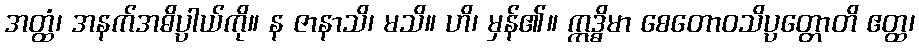
အတ္ထံ၊ အနက်အဓိပ္ပာယ်ကို။ န ဇာနာသိ၊ မသိ။ ဟိ၊ မှန်၏။ ဣဒ္ဓိမာ စေတောဝသိပ္ပတ္တောတိ ဧတ္ထ၊